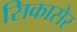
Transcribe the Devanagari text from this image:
सिकासेर